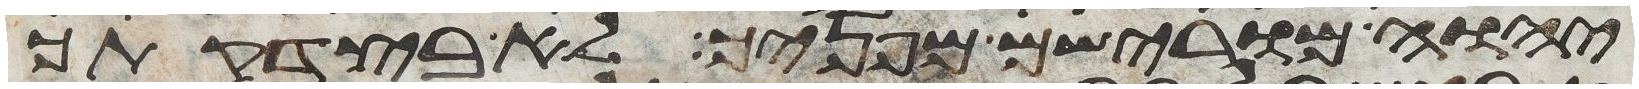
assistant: יהוה מורישם מפניך לא בצדקתך